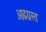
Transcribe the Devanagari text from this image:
ओढग्रस्त